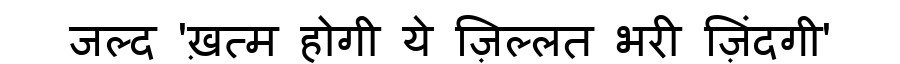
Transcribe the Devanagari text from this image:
जल्द 'ख़त्म होगी ये ज़िल्लत भरी ज़िंदगी'